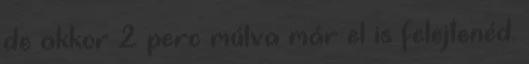
de akkor 2 perc múlva már el is felejtenéd.